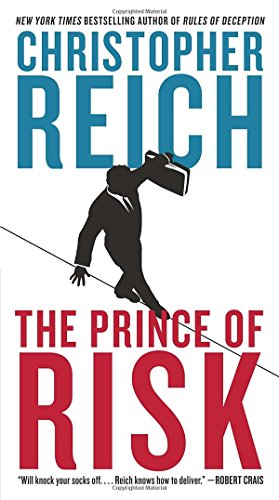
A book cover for The Prince of Risk; Christopher Reich; Mystery, Thriller & Suspense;